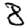
Digit: 8